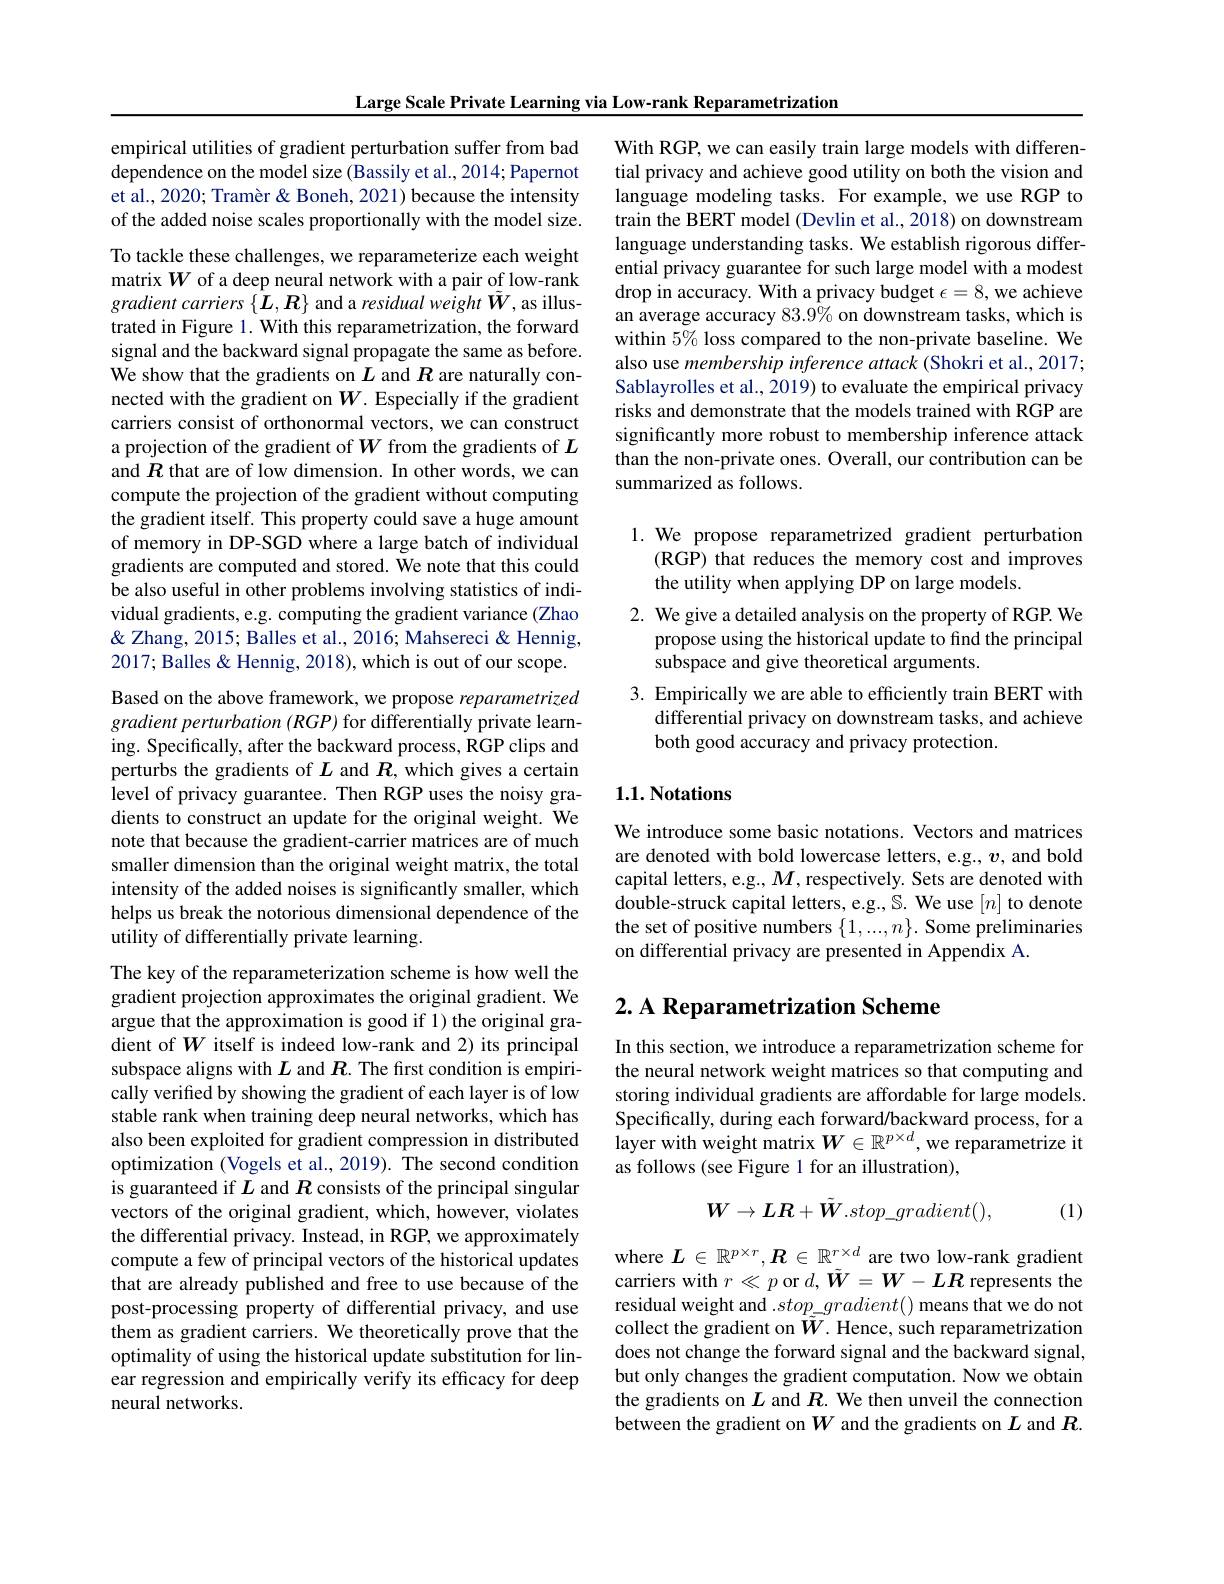
Large Scale Private Learning via Low-rank Reparametrization

empirical utilities of gradient perturbation suffer from bad dependence on the model size (Bassily et al., 2014; Papernot et al., 2020; Tramèr & Boneh, 2021) because the intensity of the added noise scales proportionally with the model size.

To tackle these challenges, we reparameterize each weight matrix $W$ of a deep neural network with a pair of low-rank gradient carriers $\{\hat{\boldsymbol L},\boldsymbol{R}\}$ and a residual weight $\tilde{\boldsymbol W}$, as illustrated in Figure 1. With this reparametrization, the forward signal and the backward signal propagate the same as before. We show that the gradients on $L$ and $R$ are naturally connected with the gradient on $W.$ Especially if the gradient carriers consist of orthonormal vectors, we can construct a projection of the gradient of $W$ from the gradients of $L$ and $R$ that are of low dimension. In other words, we can compute the projection of the gradient without computing the gradient itself. This property could save a huge amount of memory in DP-SGD where a large batch of individual gradients are computed and stored. We note that this could be also useful in other problems involving statistics of individual gradients, e.g. computing the gradient variance (Zhao & Zhang, 2015; Balles et al., 2016; Mahsereci & Hennig, 2017; Balles & Hennig, 2018), which is out of our scope. Based on the above framework, we propose reparametrized gradient perturbation $(RGP)$ for differentially private learning. Specifically, after the backward process, RGP clips and perturbs the gradients of $L$ and $R$,which gives a certain level of privacy guarantee. Then RGP uses the noisy gradients to construct an update for the original weight. We note that because the gradient-carrier matrices are of much smaller dimension than the original weight matrix, the total intensity of the added noises is significantly smaller, which helps us break the notorious dimensional dependence of the utility of differentially private learning.
The key of the reparameterization scheme is how well the gradient projection approximates the original gradient. We argue that the approximation is good if 1) the original gradient of $W$ itself is indeed low-rank and 2) its principal subspace aligns with $L$ and $R.$ The first condition is empirically verified by showing the gradient of each layer is of low stable rank when training deep neural networks, which has also been exploited for gradient compression in distributed optimization (Vogels et al., 2019). The second condition is guaranteed if $L$ and $R$ consists of the principal singular vectors of the original gradient, which, however, violates the differential privacy. Instead, in RGP, we approximately compute a few of principal vectors of the historical updates that are already published and free to use because of the post-processing property of differential privacy, and use them as gradient carriers. We theoretically prove that the optimality of using the historical update substitution for lin-

ear regression and empirically verify its efficacy for deep
neural networks.

With RGP, we can easily train large models with differential privacy and achieve good utility on both the vision and language modeling tasks. For example, we use RGP to train the BERT model (Devlin et al., 2018) on downstream language understanding tasks. We establish rigorous differential privacy guarantee for such large model with a modest drop in accuracy. With a privacy budget $\epsilon=8$,we achieve an average accuracy $83.9\%$ on downstream tasks, which is within $5\%$ loss compared to the non-private baseline. We also use membership inference attack (Shokri et al., 2017; Sablayrolles et al., 2019) to evaluate the empirical privacy risks and demonstrate that the models trained with RGP are significantly more robust to membership inference attack than the non-private ones. Overall, our contribution can be summarized as follows.

1. We propose reparametrized gradient perturbation
(RGP) that reduces the memory cost and improves
the utility when applying DP on large models.

2. We give a detailed analysis on the property of RGP. We
propose using the historical update to find the principal
subspace and give theoretical arguments.
3. Empirically we are able to efficiently train BERT with
differential privacy on downstream tasks, and achieve
both good accuracy and privacy protection.

### $1. 1. \textbf{Notations}$

We introduce some basic notations. Vectors and matrices are denoted with bold lowercase letters, e.g., v, and bold capital letters, e.g., $M$, respectively. Sets are denoted with double-struck capital letters, e.g., $\mathbb{S}.$ We use $[n]$ to denote the set of positive numbers $\{1,...,n\}.$ Some preliminaries on differential privacy are presented in Appendix A.

# 2. A Reparametrization Scheme

In this section, we introduce a reparametrization scheme for the neural network weight matrices so that computing and storing individual gradients are affordable for large models. Specifically, during each forward/backward process, for a $\hat{\text{layer with weight matrix }W}\in\mathbb{R}^{p\times d},\hat{\text{we reparametrize it}}$ as follows (see Figure 1 for an illustration),
$$W\to LR+\tilde{W}.stop_gradient(),$$
(1)

where $L\in\mathbb{R}^{p\times r},\boldsymbol{R}\in\mathbb{R}^{r\times d}$ are two low-rank gradient carriers with $r\ll p$ or $d,\tilde{\boldsymbol{W}}=W-LR$ represents the residual weight and $.stop\_gradient()$ means that we do not collect the gradient on $\tilde{\tilde{W}}.$ Hence, such reparametrization does not change the forward signal and the backward signal, but only changes the gradient computation. Now we obtain the gradients on $L$ and $R.$ We then unveil the connection between the gradient on $W$ and the gradients on $L$ and $R$